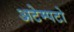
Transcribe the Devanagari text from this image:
अटेम्पटो